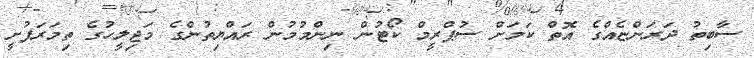
ސާބިތު ދަރަންޏެއްގެ އޮތް ކަމަށް ސުޕްރީމް ކޯޓުން ނިންމުމުން ރައްޔިތުންގެ މަޖިލީހުގެ ތިމަރަފުށީ